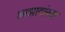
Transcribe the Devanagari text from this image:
आझादांसह